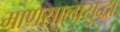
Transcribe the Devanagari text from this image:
माणसालासुद्धा